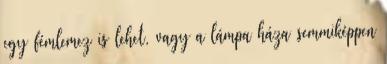
egy fémlemez is lehet, vagy a lámpa háza semmiképpen